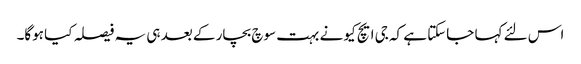
اس لئے کہا جاسکتا ہے کہ جی ایچ کیو نے بہت سوچ بچار کے بعد ہی یہ فیصلہ کیا ہوگا۔